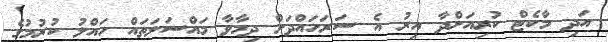
އަދި މާކެޓް ކުރިއަށްދާ އިރު އެ ސަރަހައްދަށް ދިމާވާ މައްސަލަތައް ހައްލު ކުރުމުގެ